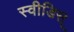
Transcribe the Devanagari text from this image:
स्वीडिस्